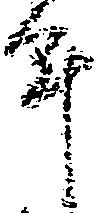
年